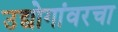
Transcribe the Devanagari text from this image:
उद्योगांवरचा